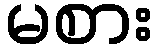
မစား